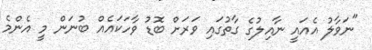
"ނަވާލު އެއައީ ނާއިލުގެ ގާތުގައި ވަރަށް ބޮޑު ވާހަކައެއް ބުނަން މީ އެންމެ